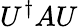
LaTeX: U^{\dagger}AU